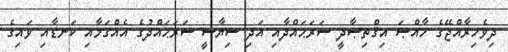
ދިވެހިރާއްޖޭގެ ޚާއްޞަ އިޤްތިޞާދީ ސަރަޙައްދާއި އަދި ސިޔާސީ ސަރަޙައްދުގެ އެއްގަމާއި ކަނޑާއި ވައިގެ